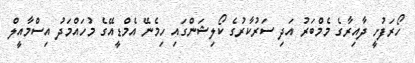
ހޯރަފުށީ ދާއިރާގެ މެމްބަރު އަދި ސަރުކާރުގެ ކޯލިޝަންގައި ހިމެނޭ އެމްޑީއޭގެ މުހައްމަދު އިސްމާއީލް